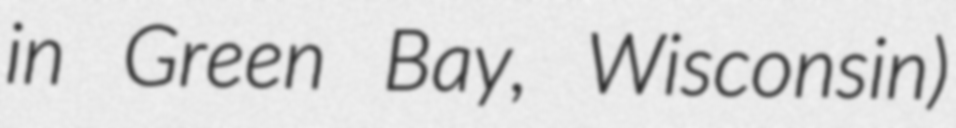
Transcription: in Green Bay, Wisconsin)